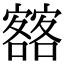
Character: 𡫥